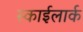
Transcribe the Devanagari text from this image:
स्काईलार्क